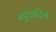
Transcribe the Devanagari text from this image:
बंदूकीने